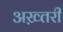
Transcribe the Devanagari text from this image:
अख़्तरी